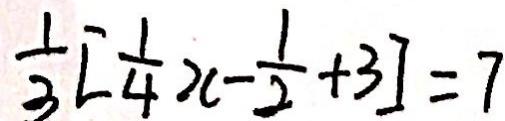
\frac { 1 } { 3 } [ \frac { 1 } { 4 } x - \frac { 1 } { 2 } + 3 ] = 7